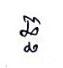
ឆ្ឆ